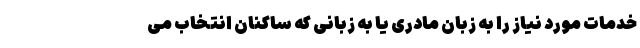
خدمات مورد نیاز را به زبان مادری یا به زبانی که ساکنان انتخاب می‌